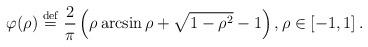
LaTeX: \begin{align*}\varphi (\rho )\stackrel{\rm def}{=}\frac{2}{\pi }\left( \rho \arcsin \rho +\sqrt{1-\rho ^{2}}-1\right) ,\rho \in \left[ -1,1\right] .\end{align*}